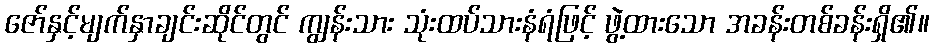
ဇော်နှင့်မျက်နှာချင်းဆိုင်တွင် ကျွန်းသား သုံးထပ်သားနံရံဖြင့် ဖွဲ့ထားသော အခန်းတစ်ခန်းရှိ၏။